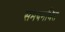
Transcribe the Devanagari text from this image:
समबनधित